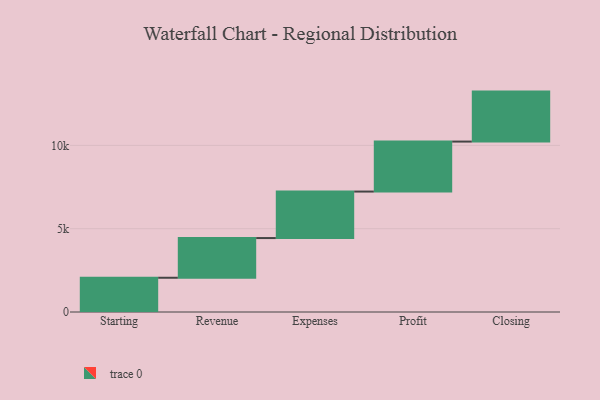
{"axis": {"x": "Step", "y": "Value"}, "legend": [""], "data": [{"x": "Starting", "y": 2056.0, "type": ""}, {"x": "Revenue", "y": 2382.0, "type": ""}, {"x": "Expenses", "y": 2791.0, "type": ""}, {"x": "Profit", "y": 3000, "type": ""}, {"x": "Closing", "y": 3000, "type": ""}]}